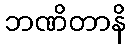
ဘဏိတာနိ